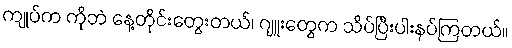
ကျုပ်က ကိုဘဲ နေ့တိုင်းတွေးတယ်၊ ဂျူးတွေက သိပ်ပြီးပါးနပ်ကြတယ်။